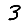
Digit: 3